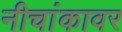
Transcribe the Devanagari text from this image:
नीचांकावर